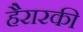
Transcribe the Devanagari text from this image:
हैरारकी